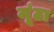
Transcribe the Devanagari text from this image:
जूंठा